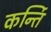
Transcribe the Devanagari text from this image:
कर्न्ति